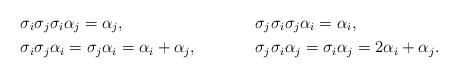
LaTeX: \begin{align*}&\sigma_i\sigma_j\sigma_i\alpha_j=\alpha_j, & &\sigma_j\sigma_i\sigma_j\alpha_i=\alpha_i,\\&\sigma_i\sigma_j\alpha_i=\sigma_j\alpha_i=\alpha_i+\alpha_j, &&\sigma_j\sigma_i\alpha_j=\sigma_i\alpha_j=2\alpha_i+\alpha_j.\end{align*}